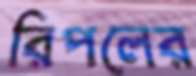
রিপলের